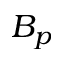
B _ { p }